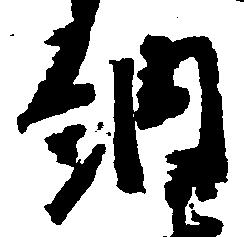
納